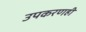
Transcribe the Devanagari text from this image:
उपकरणही